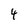
Character: 4